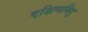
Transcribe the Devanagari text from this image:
दक्षिणबिंदु